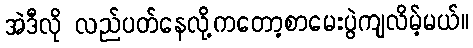
အဲဒီလို လည်ပတ်နေလို့ကတော့စာမေးပွဲကျလိမ့်မယ်။